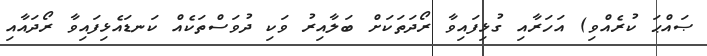
ޞައްޙަ ކުރެއްވި) އަހަރާއި ގުޅިފައިވާ ރޯދަތަކަށް ބަލާއިރު ވަކި ދުވަސްތަކެއް ކަނޑައެޅިފައިވާ ރޯދައާއި